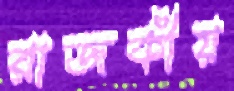
রাজকীয়